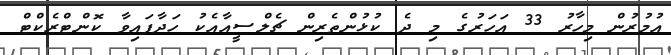
އުމުރުން މިހާރު 33 އަހަރުގެ މި ދެ ކުޅުންތެރިން ޗެލްސީއާއެކު ހަދާފައިވާ ކޮންޓްރެކްޓް